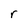
Character: r